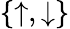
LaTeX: \{ \uparrow,\downarrow\}